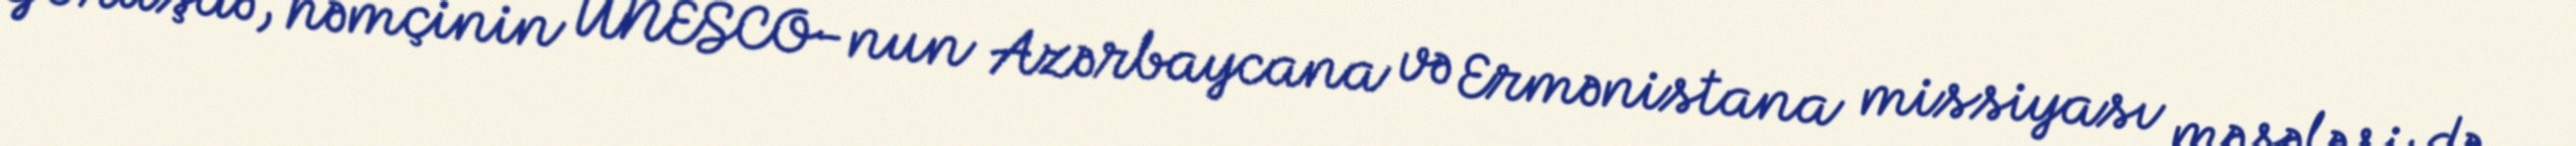
Görüşdə, həmçinin UNESCO-nun Azərbaycana və Ermənistana missiyası məsələsi də